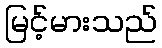
မြင့်မားသည်